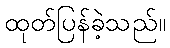
ထုတ်ပြန်ခဲ့သည်။